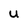
Character: U